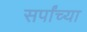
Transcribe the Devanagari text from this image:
सर्पांच्या